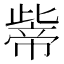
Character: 𱜶